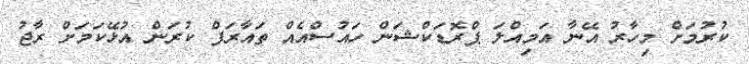
ކުރުމަށް މިހާރު އޭނާ އަމިއްލަ ޕްރޮޑަކްޝަން ހައުސްއެއް ތައާރަފް ކުރަން އުޅޭކަމަށް ރާޖު